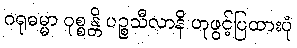
ဂရုဓမ္မာ ဝုစ္စန္တိ ပဉ္စသီလာနိ ဟုဖွင့်ပြထားပုံ